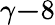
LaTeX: \gamma\le-8